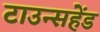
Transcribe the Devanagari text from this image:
टाउन्सहेंड